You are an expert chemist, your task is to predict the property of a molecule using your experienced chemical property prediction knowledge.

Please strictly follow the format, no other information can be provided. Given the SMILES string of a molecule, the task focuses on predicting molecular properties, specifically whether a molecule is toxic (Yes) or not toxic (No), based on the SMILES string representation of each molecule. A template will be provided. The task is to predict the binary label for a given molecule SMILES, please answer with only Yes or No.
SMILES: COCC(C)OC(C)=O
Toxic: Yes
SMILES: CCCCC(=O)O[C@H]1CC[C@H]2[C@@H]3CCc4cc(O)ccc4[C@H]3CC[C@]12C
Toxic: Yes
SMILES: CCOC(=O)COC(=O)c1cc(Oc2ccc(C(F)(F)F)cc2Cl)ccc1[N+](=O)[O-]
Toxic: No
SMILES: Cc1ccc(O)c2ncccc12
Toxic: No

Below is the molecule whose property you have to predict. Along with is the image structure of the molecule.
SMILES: CCCC[n+]1ccccc1
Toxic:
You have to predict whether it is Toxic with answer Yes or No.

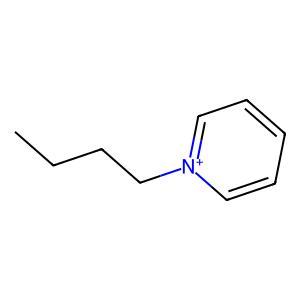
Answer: No